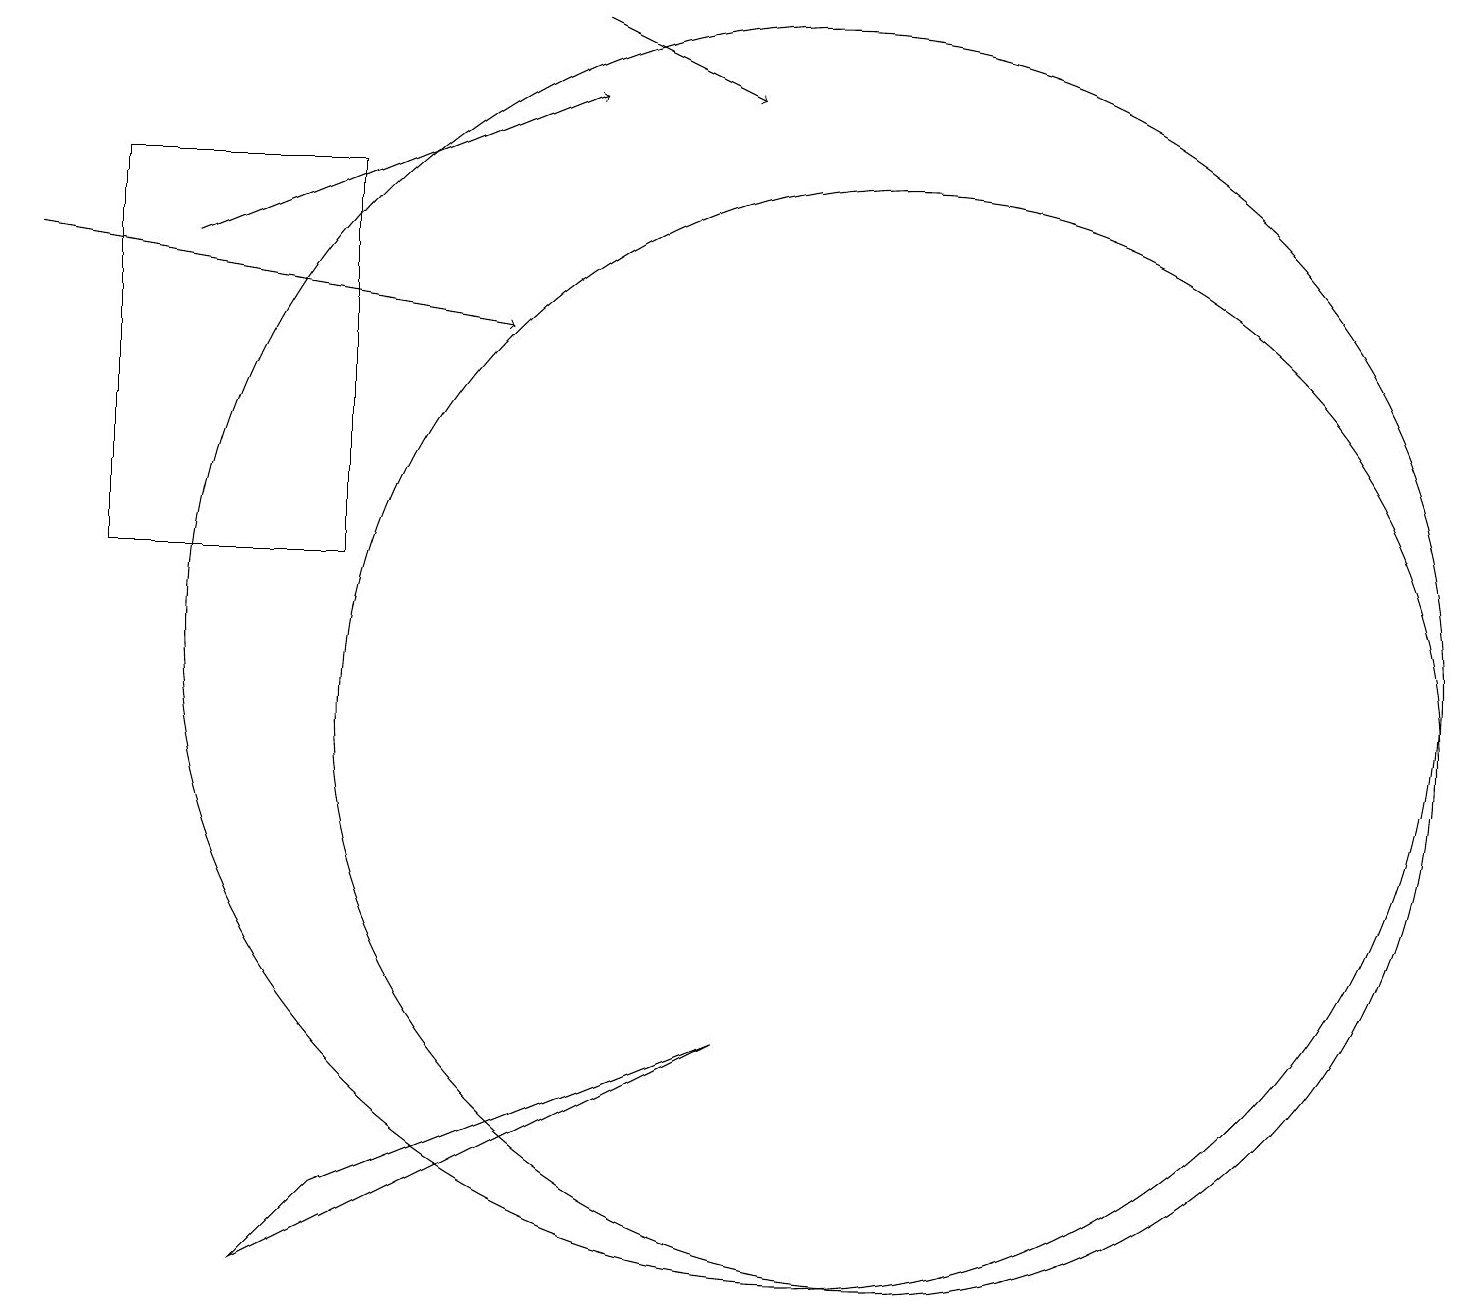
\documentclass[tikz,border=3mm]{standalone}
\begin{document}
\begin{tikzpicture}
\draw[->] (0,16) -- (6,15);
\draw (4,12) rectangle (1,17);
\draw (11,10) circle (7);
\draw[->] (7,19) -- (9,18);
\draw[->] (2,16) -- (7,18);
\draw (4,4) -- (3,3) -- (9,6) -- cycle;
\draw (10,11) circle (8);
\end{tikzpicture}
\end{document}